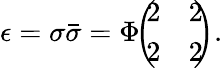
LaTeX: \epsilon=\sigma\bar{\sigma}=\Phi\! \! \left(\! \! \begin{array}{cc}{{2}}&{{2}}\\ {{2}}&{{2}}\end{array}\! \! \right).